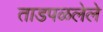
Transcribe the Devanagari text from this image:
ताडपळलेले